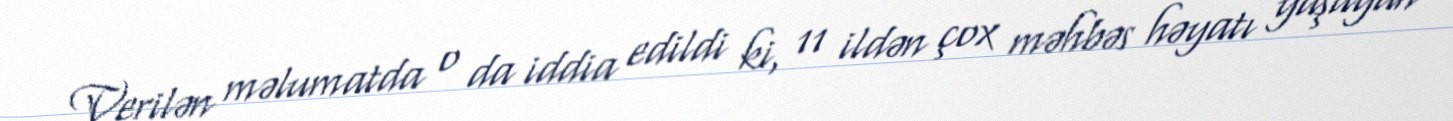
Verilən məlumatda o da iddia edildi ki, 11 ildən çox məhbəs həyatı yaşayan